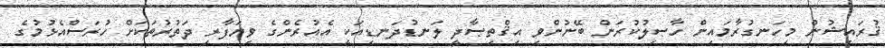
ޤުރައިޝުން މިހަނގުރާމައިން ހާޞިލުކުރަން ބޭނުންވި އިޤްތިޞާދީ ލަނޑުދަނޑިއަކީ އެއުރެންގެ ވިޔަފާރި ދަތުރުތަކަށް ހުރަސްއެޅުމުގެ